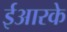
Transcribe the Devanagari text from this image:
ईआरके